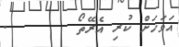
އަވަހަށް ކުރި އެރޭތޯ       .